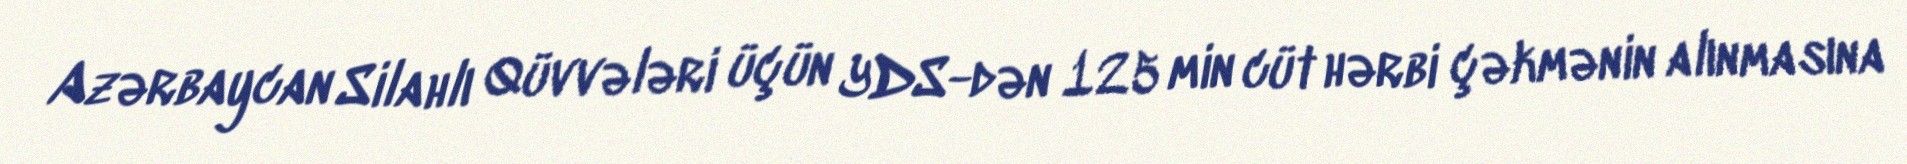
Azərbaycan Silahlı Qüvvələri üçün YDS-dən 125 min cüt hərbi çəkmənin alınmasına